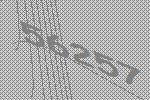
56257